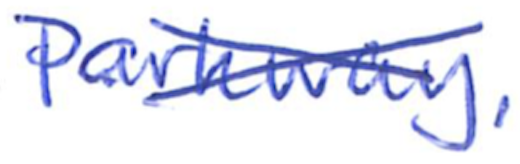
Text: Parkway.
Cross-out: cross
Writing tool: ballpoint